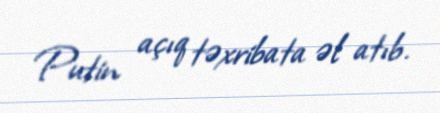
Putin açıq təxribata əl atıb.